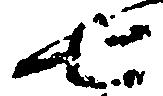
七